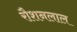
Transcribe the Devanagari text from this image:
रौशनलाल